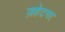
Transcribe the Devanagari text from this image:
ज़हेटनर